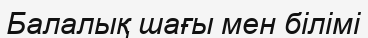
Балалық шағы мен білімі